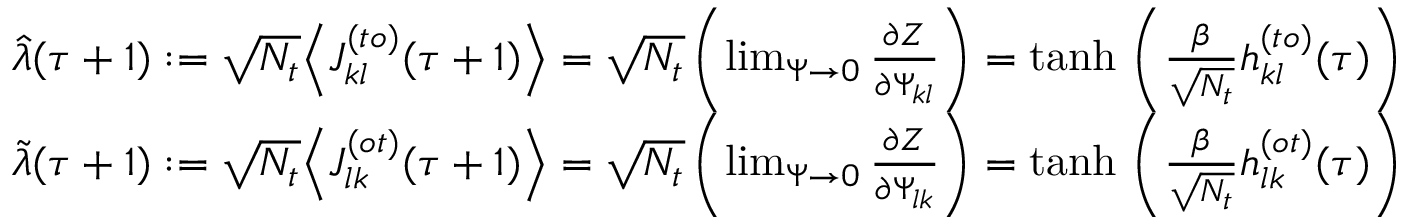
\begin{array} { r } { \hat { \lambda } ( \tau + 1 ) : = \sqrt { N _ { t } } \Big \langle J _ { k l } ^ { ( t o ) } ( \tau + 1 ) \Big \rangle = \sqrt { N _ { t } } \left( \operatorname* { l i m } _ { \Psi \rightarrow 0 } \frac { \partial Z } { \partial \Psi _ { k l } } \right) = \mathrm { t a n h } \, \left( \frac { \beta } { \sqrt { N _ { t } } } h _ { k l } ^ { ( t o ) } ( \tau ) \right) } \\ { \tilde { \lambda } ( \tau + 1 ) : = \sqrt { N _ { t } } \Big \langle J _ { l k } ^ { ( o t ) } ( \tau + 1 ) \Big \rangle = \sqrt { N _ { t } } \left( \operatorname* { l i m } _ { \Psi \rightarrow 0 } \frac { \partial Z } { \partial \Psi _ { l k } } \right) = \mathrm { t a n h } \, \left( \frac { \beta } { \sqrt { N _ { t } } } h _ { l k } ^ { ( o t ) } ( \tau ) \right) } \end{array}